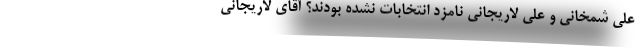
علی شمخانی و علی لاریجانی نامزد انتخابات نشده بودند؟ آقای لاریجانی